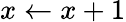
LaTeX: x\gets x+1